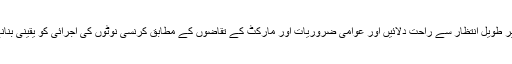
عوام کو بینکوں اور اے ٹی ایمس پر طویل انتظار سے راحت دلائیں اور عوامی ضروریات اور مارکٹ کے تقاضوں کے مطابق کرنسی نوٹوں کی اجرائی کو یقینی بنانے کیلئے بھی اقدامات کئے جائیں۔